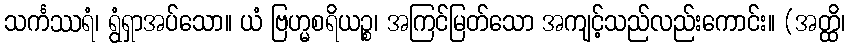
သင်္ကဿရံ၊ ရွံရှာအပ်သော။ ယံ ဗြဟ္မစရိယဉ္စ၊ အကြင်မြတ်သော အကျင့်သည်လည်းကောင်း။ (အတ္ထိ၊